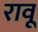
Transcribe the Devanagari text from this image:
रावू